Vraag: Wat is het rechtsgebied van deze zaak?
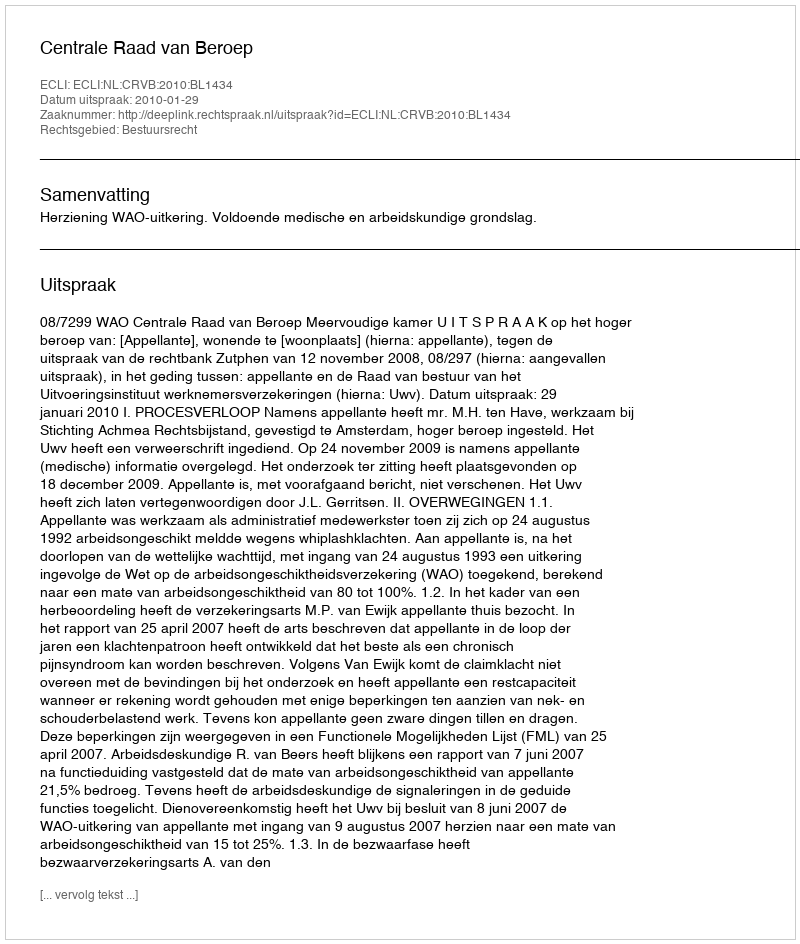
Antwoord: Bestuursrecht